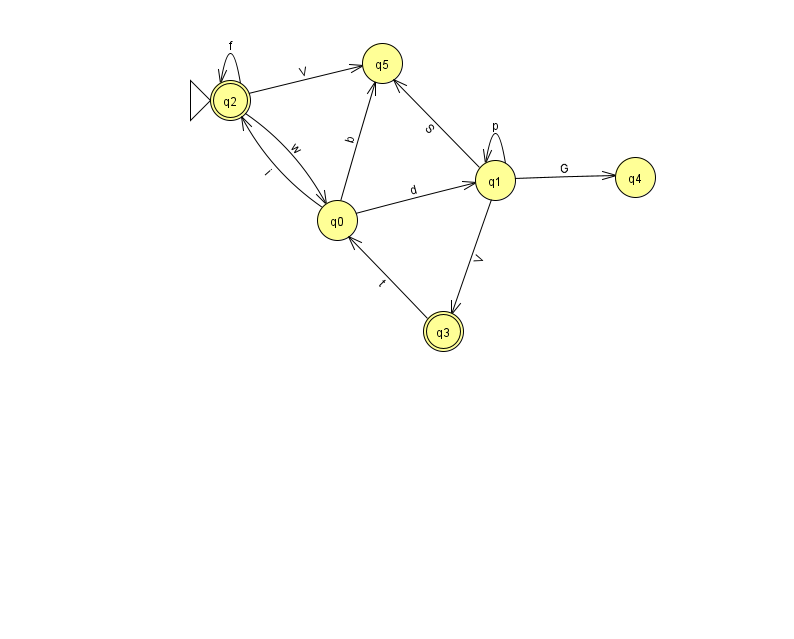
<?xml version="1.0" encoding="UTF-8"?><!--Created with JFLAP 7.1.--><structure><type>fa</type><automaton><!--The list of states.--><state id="0" name="q0"><x>337.0</x><y>207.0</y></state><state id="1" name="q1"><x>495.0</x><y>167.0</y></state><state id="2" name="q2"><x>230.0</x><y>87.0</y><initial/><final/></state><state id="3" name="q3"><x>443.0</x><y>318.0</y><final/></state><state id="4" name="q4"><x>635.0</x><y>164.0</y></state><state id="5" name="q5"><x>382.0</x><y>50.0</y></state><!--The list of transitions.--><transition><from>1</from><to>1</to><read>p</read></transition><transition><from>2</from><to>0</to><read>w</read></transition><transition><from>0</from><to>5</to><read>b</read></transition><transition><from>1</from><to>5</to><read>S</read></transition><transition><from>0</from><to>1</to><read>d</read></transition><transition><from>2</from><to>2</to><read>f</read></transition><transition><from>2</from><to>5</to><read>V</read></transition><transition><from>1</from><to>4</to><read>G</read></transition><transition><from>1</from><to>3</to><read>V</read></transition><transition><from>3</from><to>0</to><read>t</read></transition><transition><from>0</from><to>2</to><read>i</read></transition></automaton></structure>